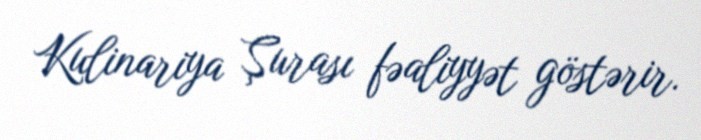
Kulinariya Şurası fəaliyyət göstərir.